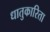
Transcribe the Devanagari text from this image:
धातुकारिता